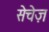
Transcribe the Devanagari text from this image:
सेचेज़